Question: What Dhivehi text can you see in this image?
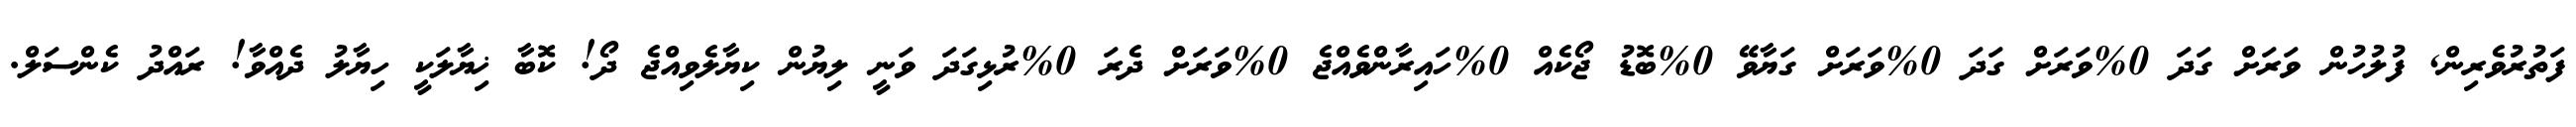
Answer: ފަތުރުވެރިން, ފުލުހުން ވަރަށް ގަދަ 0%ވަރަށް ގަދަ 0%ވަރަށް ގަޔާވޭ 0%ބޮޑު ޖޯކެއް 0%ހައިރާންވެއްޖެ 0%ވަރަށް ދެރަ 0%ރުޅިގަދަ ވަނީ ލިޔުން ކިޔާލެވިއްޖެ ދޯ! ކޮބާ ޚިޔާލަކީ ހިޔާލު ދެއްވާ! ރައްދު ކެންސަލް.